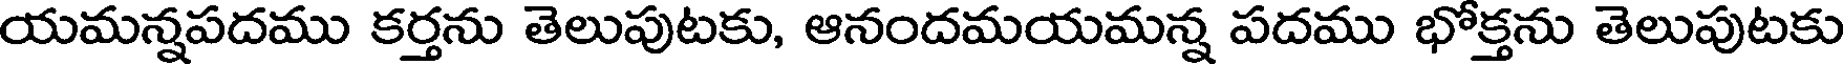
యమన్నపదము కర్తను తెలుపుటకు, ఆనందమయమన్న పదము భోక్తను తెలుపుటకు